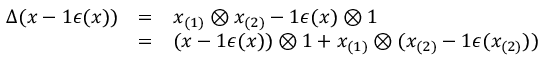
\begin{array} { r c l } { { \Delta ( x - 1 \epsilon ( x ) ) } } & { { = } } & { { x _ { ( 1 ) } \otimes x _ { ( 2 ) } - 1 \epsilon ( x ) \otimes 1 } } \\ { { } } & { { = } } & { { ( x - 1 \epsilon ( x ) ) \otimes 1 + x _ { ( 1 ) } \otimes ( x _ { ( 2 ) } - 1 \epsilon ( x _ { ( 2 ) } ) ) } } \end{array}